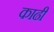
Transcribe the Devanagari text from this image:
काढी